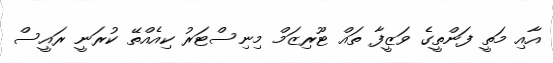
އާއި މަތީ ފަންތީގެ ވަޒީފާ ތައް ޓޫރިޒަމް މިނިސްޓަރު ކިއެއްތޭ ކުރަނީ ރައީސް